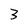
Character: 3